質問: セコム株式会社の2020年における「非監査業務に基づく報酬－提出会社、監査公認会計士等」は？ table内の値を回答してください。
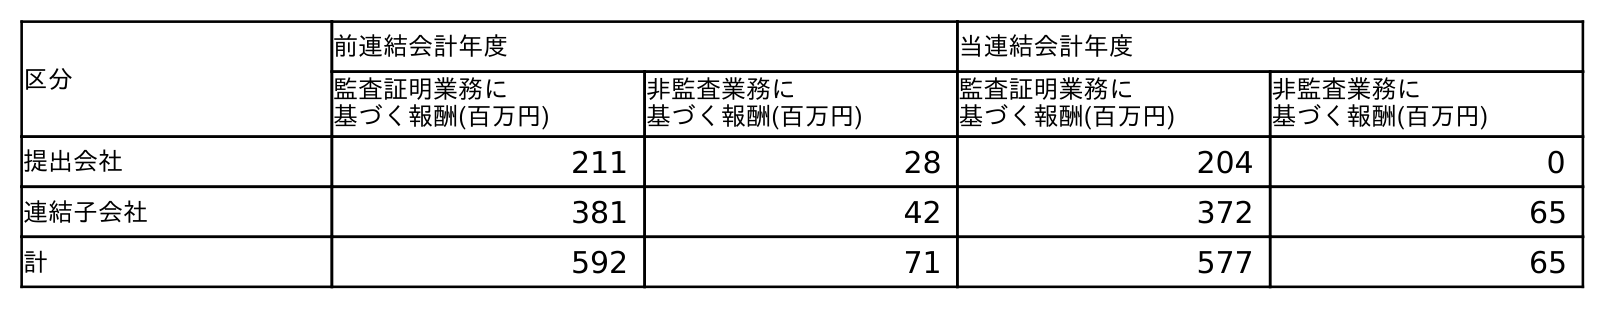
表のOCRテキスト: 区分 前連結会計年度 当連結会計年度 監査証明業務に 基づく報酬(百万円) 非監査業務に 基づく報酬(百万円) 監査証明業務に 基づく報酬(百万円) 非監査業務に 基づく報酬(百万円) 提出会社 211 28 204 0 連結子会社 381 42 372 65 計 592 71 577 65
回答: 0